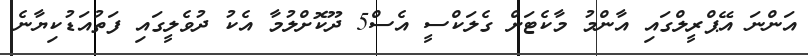
އަންނަ އޭޕްރީލްގައި އާންމު މާކެޓަށް ގެލަކްސީ އެސް5 ދޫކޮށްލުމާ އެކު ދުވެލީގައި ފަތުއަޑުކިޔާނެ